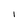
Character: l